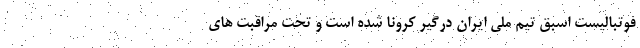
فوتبالیست اسبق تیم ملی ایران درگیر کرونا شده است و تحت مراقبت های